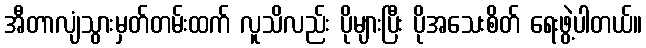
အီတာလျံသွားမှတ်တမ်းထက် လူသိလည်း ပိုများပြီး ပိုအသေးစိတ် ရေးဖွဲ့ပါတယ်။